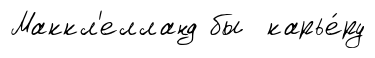
Маккл'елланд бы карье́ру